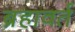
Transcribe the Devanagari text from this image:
ब्रहावर्त